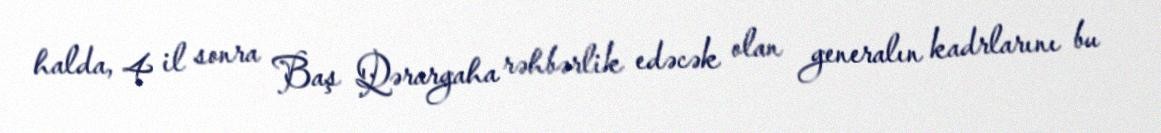
halda, 4 il sonra Baş Qərargaha rəhbərlik edəcək olan generalın kadrlarını bu